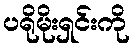
ပရိုမိုးရှင်းကို